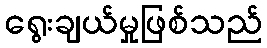
ရွေးချယ်မှုဖြစ်သည်